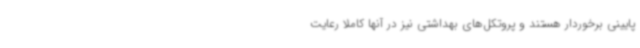
پایینی برخوردار هستند و پروتکل‌های بهداشتی نیز در آنها کاملا رعایت